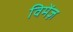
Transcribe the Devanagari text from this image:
विमेंज़